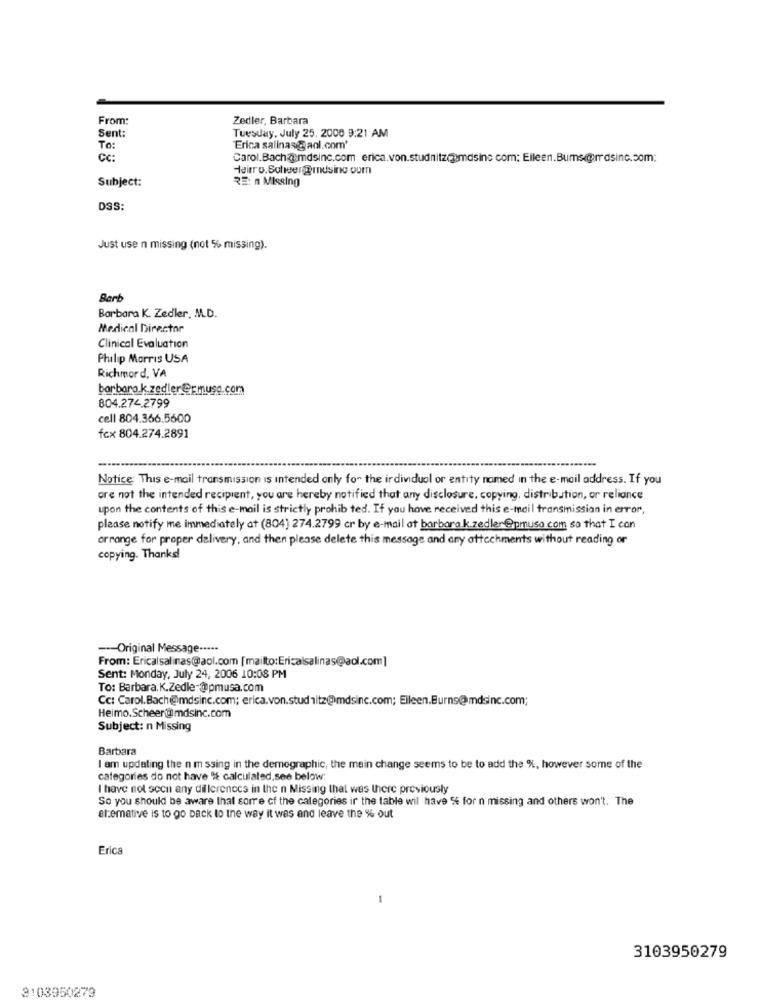
From:
Zedler, Barbara
Sent:
Tuesday, July 25. 2008 9:21 AM
To:
Erica salinas@aol.com'
CC:
Carol.Bach@:mdsinc.com erica.von.studnitz(amdsinc com: Eileen.Bumsc@prrdsinc.com:
Hairro.Scheer@mndsing com
RE: n Missing
Subject:
DSS:
Just use n missing (not % missing).
Barb
Barbara K. Zedler, M.D.
Medical Director
Clinical Evaluation
Philip Morris USA
Richmord, VA
barbaro.k.zedler@rmusa.com
804.274.2799
cell 804.366.5600
fcx 804.274.2891
Notice This e-mail transmission is intended only for the individual or entity named in the e-mail address. If you
are not the intended recipient, you are hereby notified that any disclosure, copying, distribution, or reliance
upon the contents of this e-mail is strictly prohib ted. If you have received this e-mail transmission in error,
please notify me immediately at (804) 274.2799 cr by e-mail at barbara.k.zedler@pmuso.com so that I can
arrange for proper delivery, and then please delete this message and any attachments without reading or
copying. Thanks!
--- Original Message ·····
From: Ericalsalinas@aol.com [mailto:Ericalsalinas@aol.com]
Sent: Monday, July 24, 2006 10:08 PM
To: Barbara. K.Zedle-@pmusa.com
Cc: Carol.Bach@mdsinc.com; erica.von.stud 1ltz@@mdsinc.com; Elleen.Burns@mdsinc.com;
Heimo.Scheer@mdsinc.com
Subject: n Missing
Barbara
I am updating the n m ssing in the demographic, the main change seems to be to add the %, however some of the
categories do not have % calculated,see below:
I have not scon any dillerences in the n Missing that was there previously
So you should be aware that sorre cf the categories ir the table wil have " for n missing and others won't. The
altemative is to go back to the way it was and leave the % out
Erica
-
3103950279
3103950279